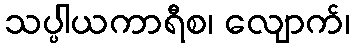
သပ္ပါယကာရီစ၊ လျောက်၊